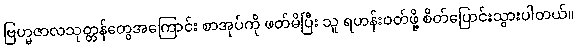
ဗြဟ္မဇာလသုတ္တန်တွေအကြောင်း စာအုပ်ကို ဖတ်မိပြီး သူ ရဟန်းဝတ်ဖို့ စိတ်ပြောင်းသွားပါတယ်။